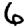
Digit: 6